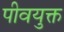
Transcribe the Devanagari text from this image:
पीवयुक्त